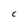
Character: C